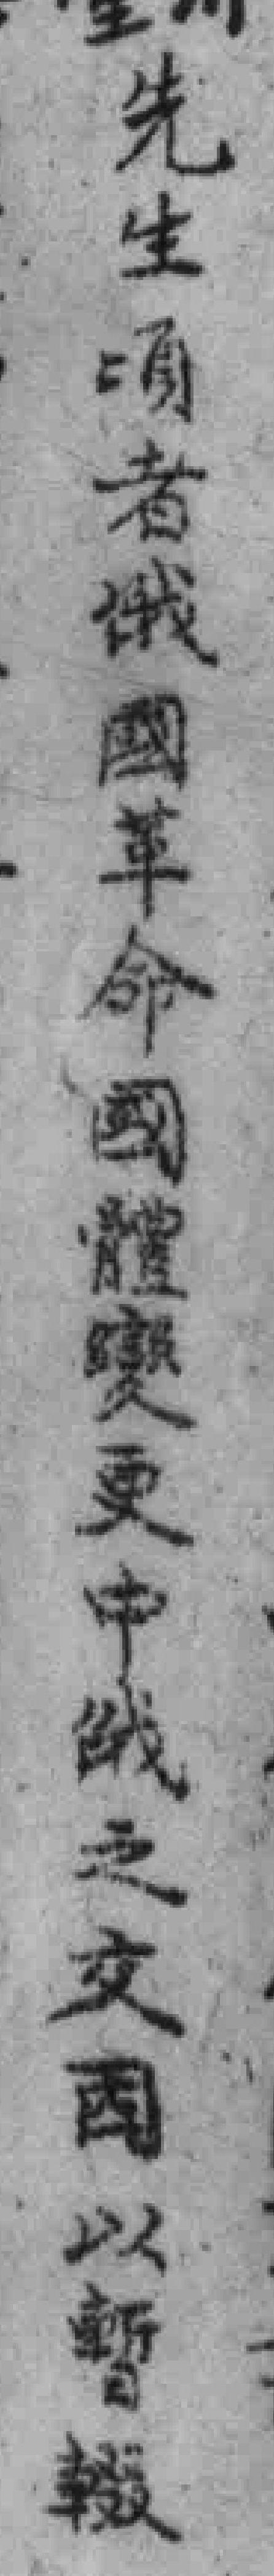
先生頃者俄國革命國體變更中俄之交國以暫輟